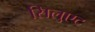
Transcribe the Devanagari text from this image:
सिलुएट